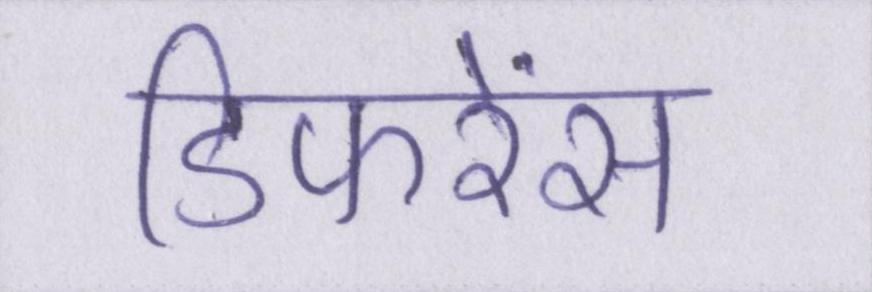
डिफरेंस